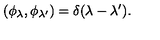
( \phi _ { \lambda } , \phi _ { \lambda ^ { \prime } } ) = \delta ( \lambda - \lambda ^ { \prime } ) .